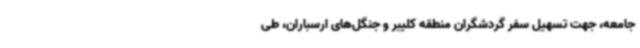
جامعه، جهت تسهیل سفر گردشگران منطقه کلیبر و جنگل‌های ارسباران، طی